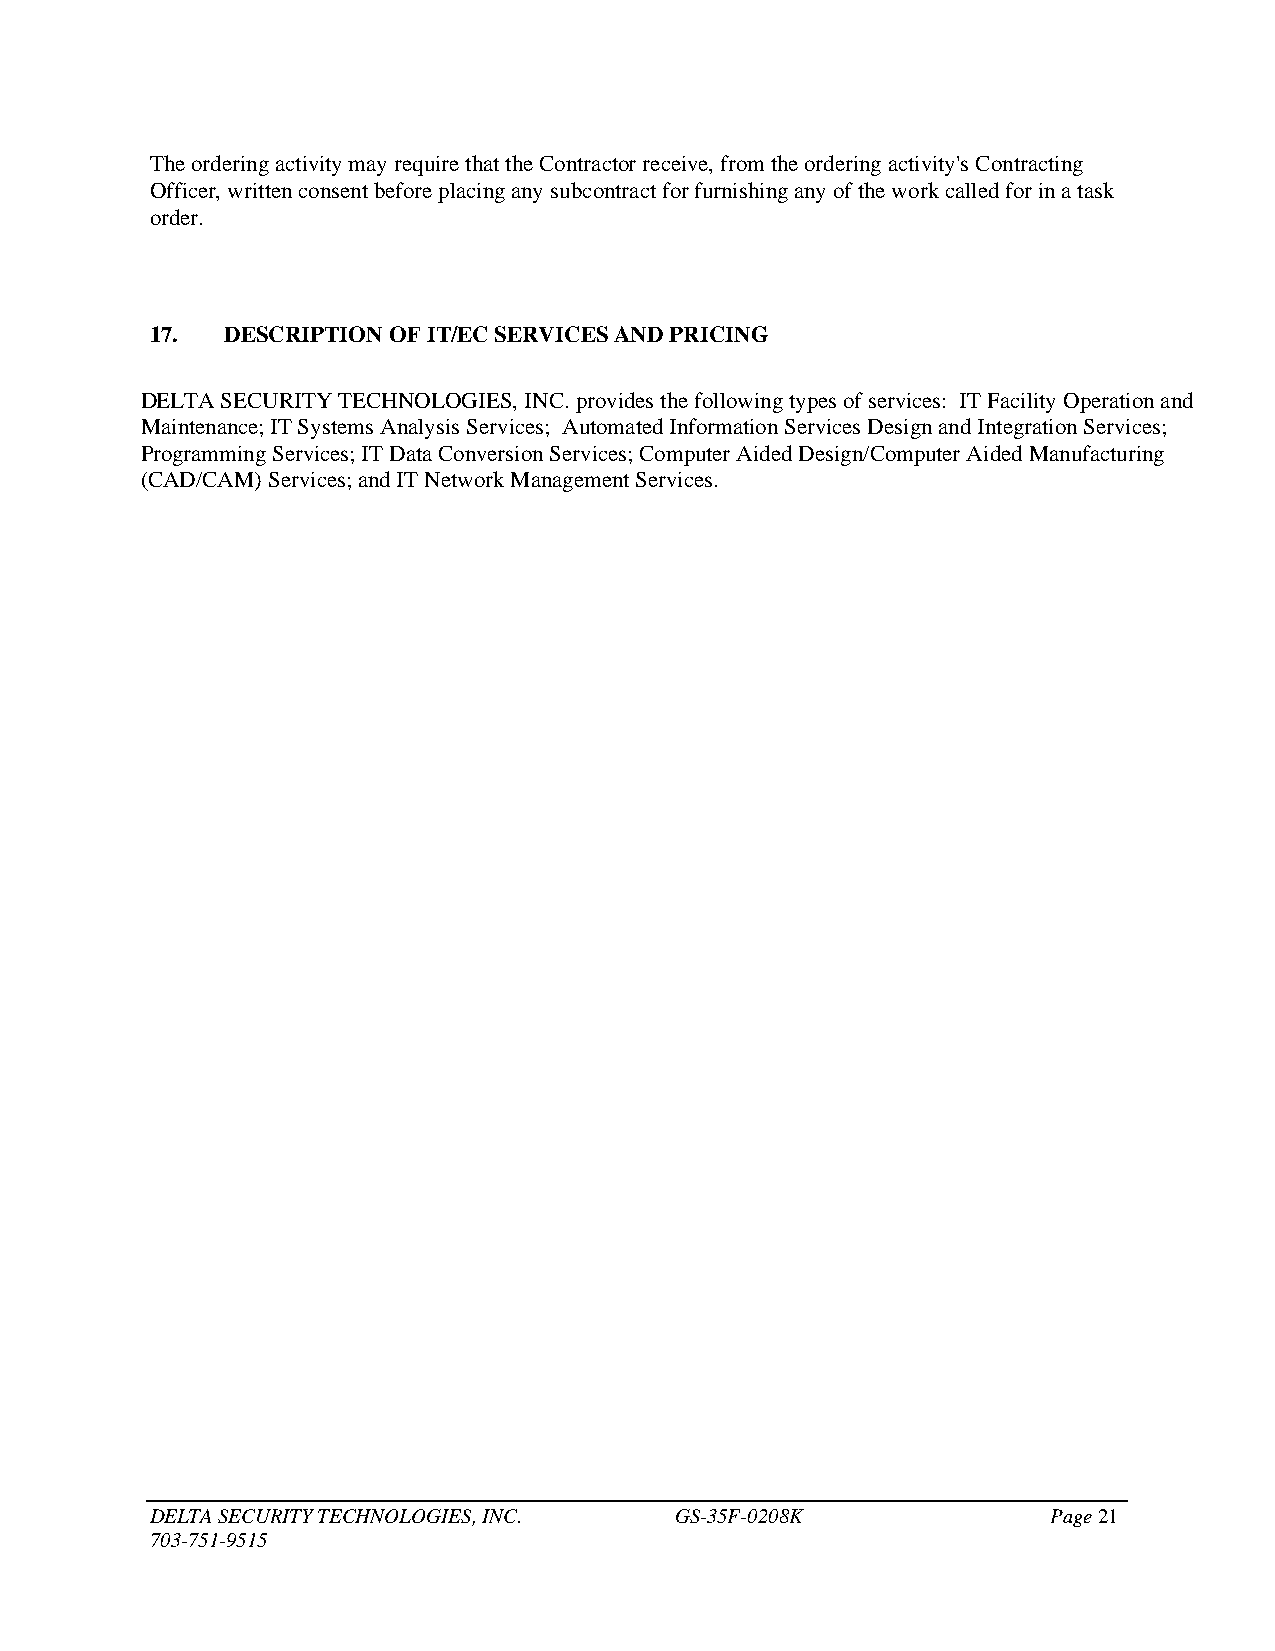
The ordering activity may require that the Contractor receive, from the ordering activity's Contracting
 Officer, written consent before placing any subcontract for furnishing any of the work called for in a task
 order.
 17.  DESCRIPTION OF IT/EC SERVICES AND PRICING
 DELTA SECURITY TECHNOLOGIES, INC. provides the following types of services: IT Facility Operation and
 Maintenance; IT Systems Analysis Services; Automated Information Services Design and Integration Services;
 Programming Services; IT Data Conversion Services; Computer Aided Design/Computer Aided Manufacturing
 (CAD/CAM) Services; and IT Network Management Services.
 DELTA SECURITY TECHNOLOGIES, INC.  GS-35F-0208K             Page 21
 703-751-9515